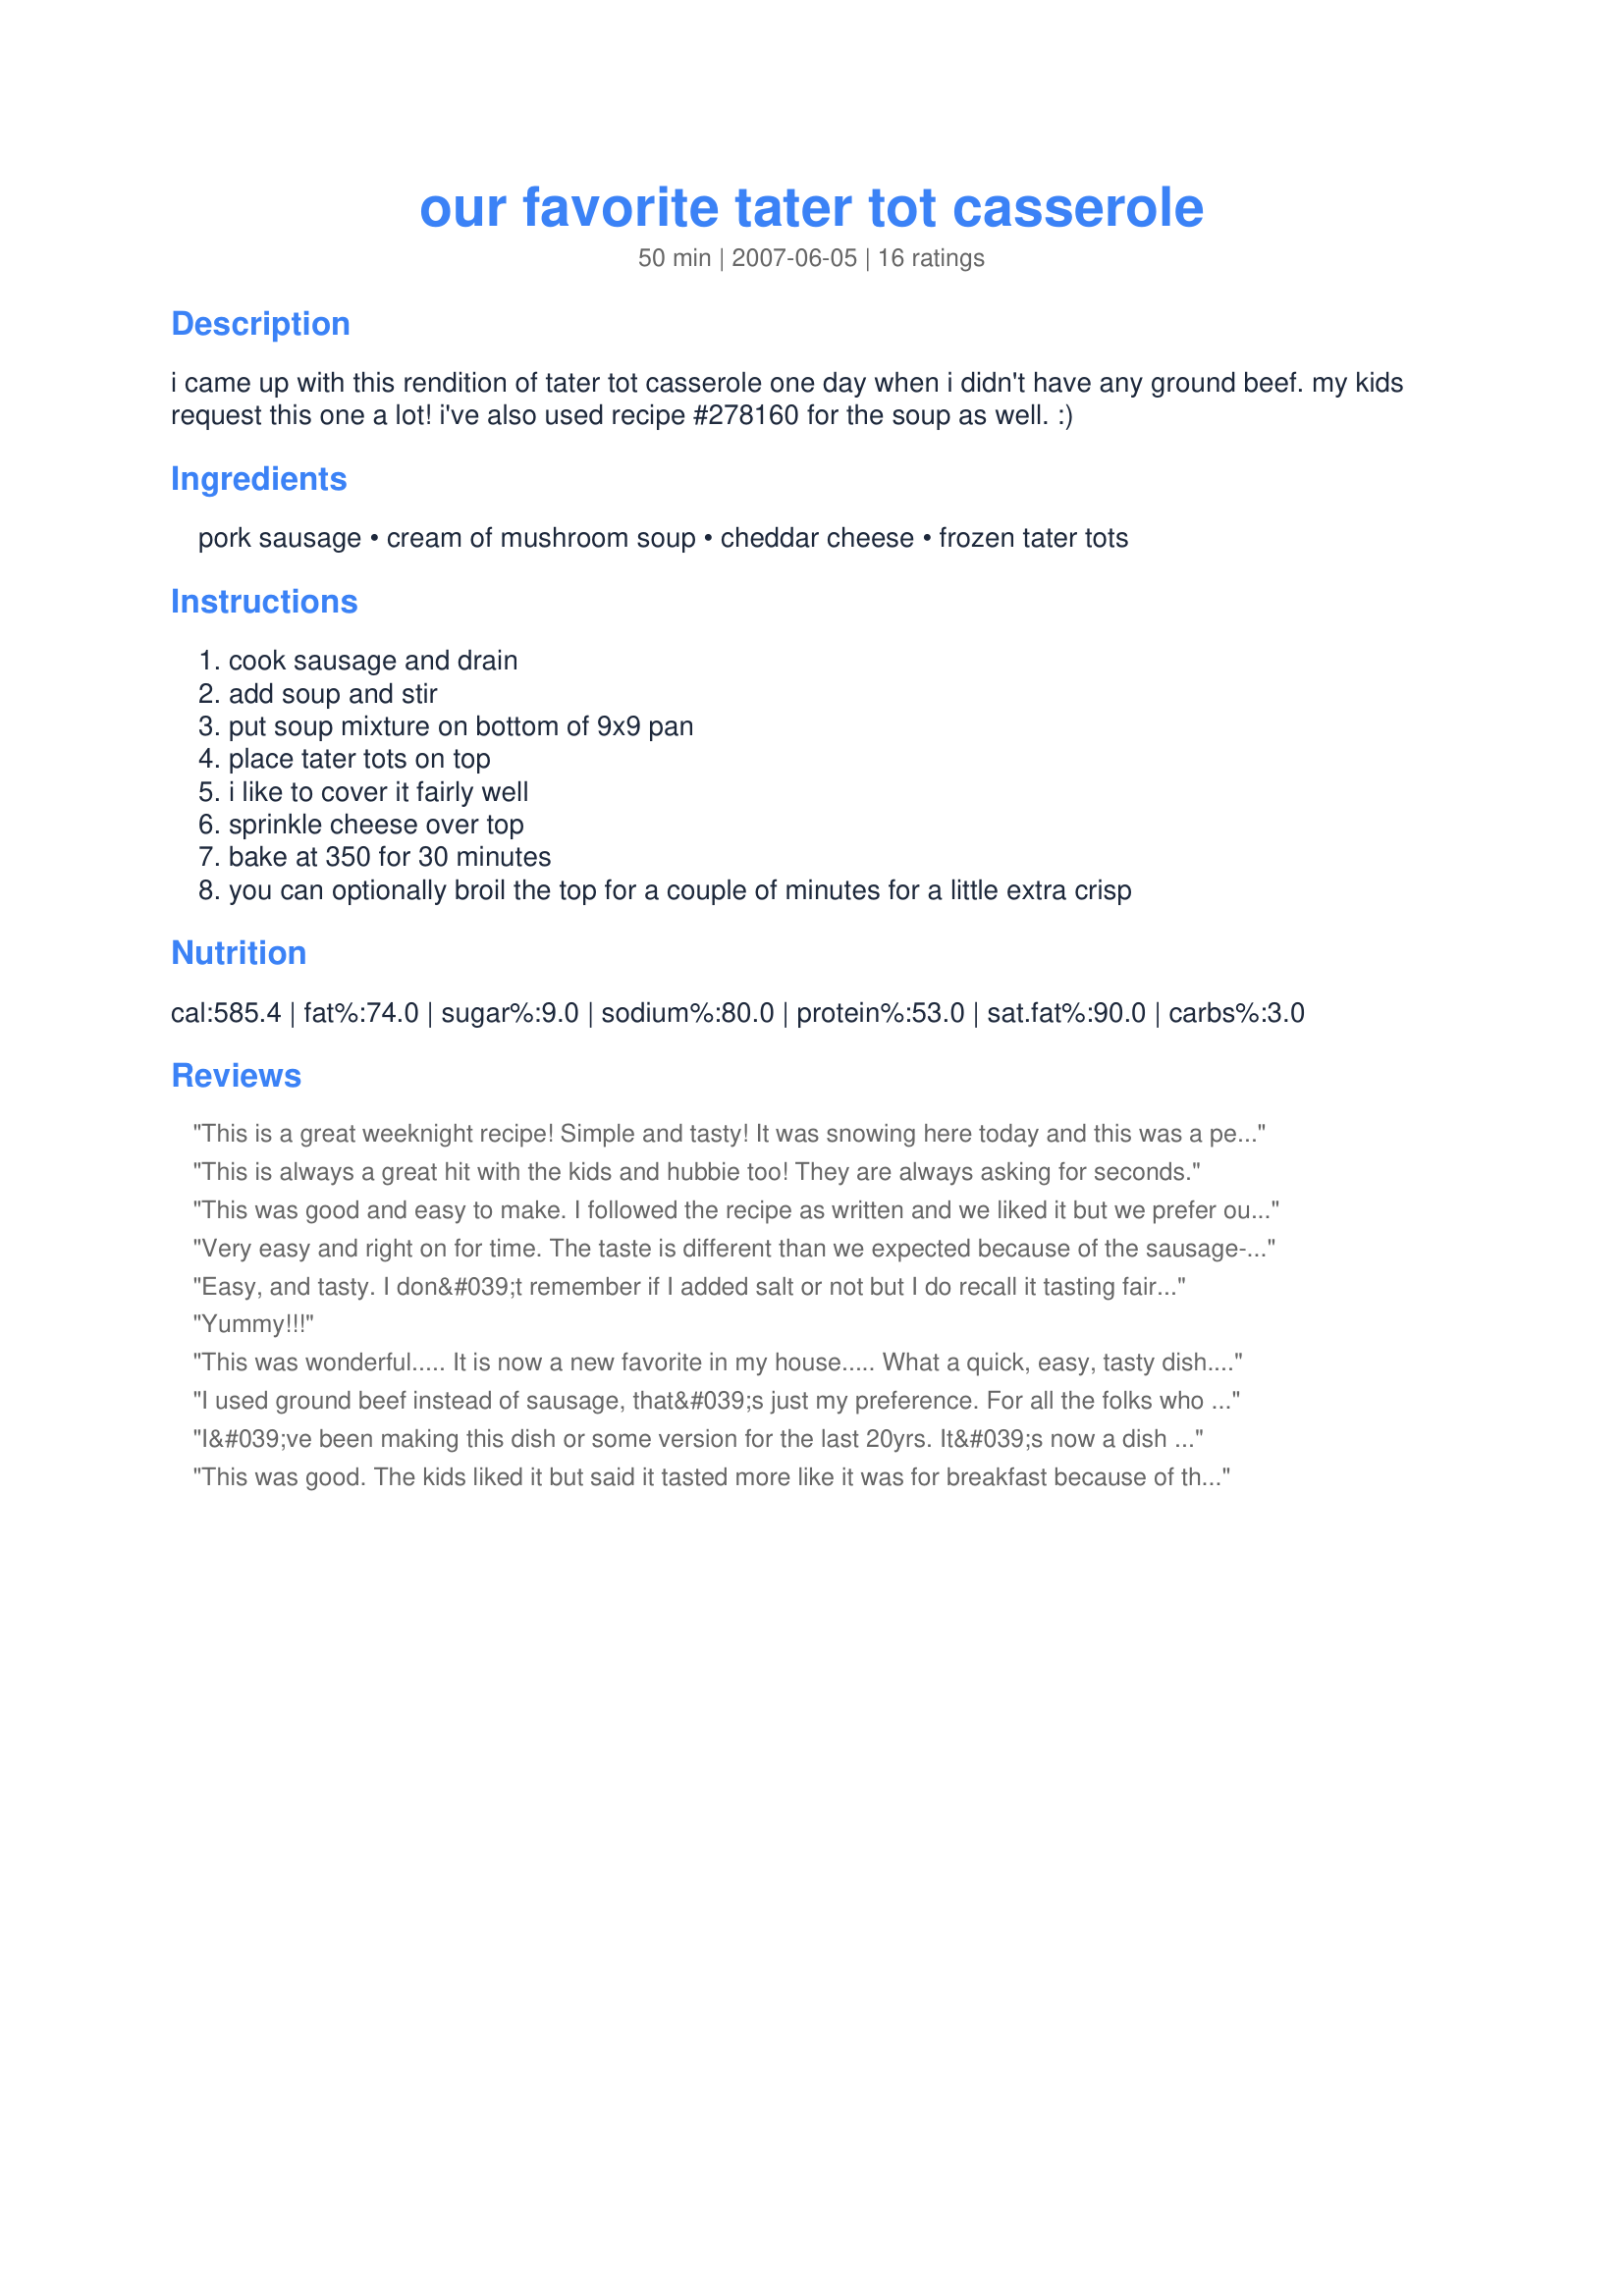
our favorite tater tot casserole
Preparation time: 50 minutes

i came up with this rendition of tater tot casserole one day when i didn't have any ground beef. my kids request this one a lot!
i've also used recipe #278160 for the soup as well. :)

Ingredients:
pork sausage, cream of mushroom soup, cheddar cheese, frozen tater tots

Steps:
cook sausage and drain
add soup and stir
put soup mixture on bottom of 9x9 pan
place tater tots on top
i like to cover it fairly well
sprinkle cheese over top
bake at 350 for 30 minutes
you can optionally broil the top for a couple of minutes for a little extra crisp

Reviews:
This is a great weeknight recipe! Simple and tasty! It was snowing here today and this was a perfect 'comfort food' supper. Took me only about 10 minutes to put it all together. I used some ground sausage from the pig we bought. DH ate about 1/2 the casserole himself. I would use 2 cans of the lower sodium mushroom soup, this was salty, not too much for us, lol, but I would try to lower it a little. Thanks SweetLady!
This is always a great hit with the kids and hubbie too! They are always asking for seconds.
This was good and easy to make. I followed the recipe as written and we liked it but we prefer ours with ground beef. I thought this would be better served for breakfast then dinner.
Very easy and right on for time. The taste is different than we expected because of the sausage- more flavorful and a bit like breakfast. I also add 2/3 of a bag of frozen green beans or other veggies stretch it. I cook it in a 9x13 pan to hold the extra volume. We enjoyed it very much and will definitely cook again. Thanks for sharing! :)
Easy, and tasty. I don&#039;t remember if I added salt or not but I do recall it tasting fairly salty. Could definitely be a weekly breakfast meal. Thanks for the recipe!
Yummy!!!
This was wonderful..... It is now a new favorite in my house..... What a quick, easy, tasty dish..... I used groud beef instead of the sausage.... I also added about 1 cup of cheese to the meat and soup mixture in addition to sprinkling it on top..... Thanks so much for sharing.....
I used ground beef instead of sausage, that&#039;s just my preference. For all the folks who have had issues with the tots not being done, I cook without the cheese and when they are done and golden then I put my cheese on melting to perfection. 4 ingredient recipe, no mess no fuss, that&#039;s golden :-)
I&#039;ve been making this dish or some version for the last 20yrs. It&#039;s now a dish my daughters make for their children. Try some of these versions; add a can of green bean or corn to the meat mixture top the same way. Add onion and peppers to meat when browning again add a veggies and top the same. Make a southwest version by using left over taco ground beef add some corn salsa top with tator tots and taco cheese. I have used left over chicken cubed, cream of anything soup and peas. Top the same way. Yum Yum great easy fast recipe
This was good. The kids liked it but said it tasted more like it was for breakfast because of the seasonings of the sausage. It all went though. Next time I would try with maybe just ground beef and some onion and garlic. Thanks for sharing.
I ate one plate of it and threw it away. Sorry, it wasn't to my liking.
Recipe is misleading. "frozen tater tots (however much you desire)" does not work well with a flat cook time of 30 minutes. I used 2lbs of frozen tater tots to level out the 9x9 casserole dish. After 30 minutes, the cheese was melted and I dished it out. The tater tots in the middle were still frozen... The recipe was good once it was cooked thoroughly but make sure to check the temperature of the center before serving--30 minutes may not be enough time for however much frozen tater tots you desire.
We really like the idea of this recipe, but the tots were undercooked and the cheese was overcooked. We're going to try it again, but next time we'll try cooking the tater tots seperately and then pour the mixture in the pan, put the cooked tots on top, sprinkle the cheese on, and cook for another 5-10 minutes (just long enough to melt the cheese, but not burn it.) Other than that, the flavor was great and we look forward to giving it a second chance!
I'm going to make this tonight. I would suggest covering the casserole with tin foil baking it. Then add the cheese after cooking for 30 minutes. That way your tots are done and cheese isn't over cooked.
I really like comfort food so this was a fast and easy option for me. I put only one layer of tater tots across the top because a couple people mentioned they weren&#039;t cooking all the way. I had to add an additional 10 minutes to get the center ones to cook, but after 40 minutes it turned out good. It&#039;s pretty salty because of the soup so I recommend buying low sodium cream of mushroom. It would have been better with more tater tots, but it wouldn&#039;t work with the cook time. I suggest baking the tater tots separate for at the temperature on the back of the package if your going to use a lot. Maybe for 5-8 minutes (to thaw out and start the cooking process and hopefully make a bit crunchier) and then adding them to the mixture and put the whole thing in the over on 350 for the 30 minutes. Thank you for the recipe!
I made this recipe as a "Thank you!" to my PAC Mom for adopting me. :) I'm a sucker for comfort food and this one certainly fits the bill! I took it over to my little brother's house tonight because my SIL has started back to school at night and, with 2 kids, he doesn't have time to cook for himself. We ate the whole thing! My nephew, who is normally a VERY picky eater, asked for seconds and my 15 month old niece kept going back to Daddy for bites. (She knows good food!) Thank you for posting this wonderful recipe, Sweets! We loved it!
